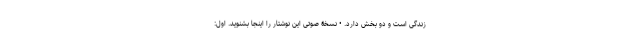
زندگی است و دو بخش دارد. • نسخۀ صوتی این نوشتار را اینجا بشنوید. اول: